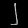
Digit: ၂